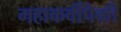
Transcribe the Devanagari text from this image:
महाकवींपैकी